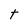
Character: t